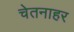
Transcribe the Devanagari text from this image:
चेतनाहर